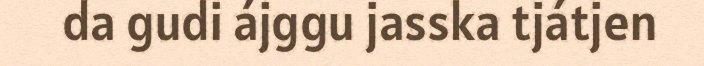
da gudi ájggu jasska tjátjen